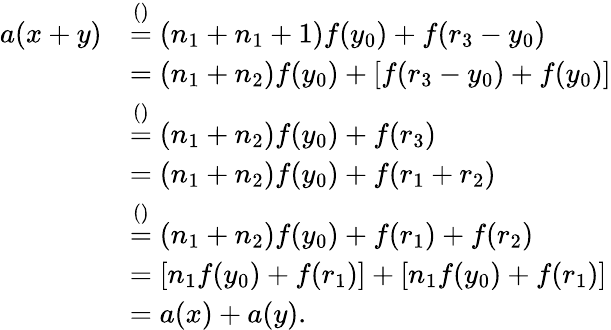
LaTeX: \begin{array}{rl}{a(x+y)}&{\stackrel{()}{=}(n_{1}+n_{1}+1)f(y_{0})+f(r_{3}-y_{0})}\\ &{=(n_{1}+n_{2})f(y_{0})+[f(r_{3}-y_{0})+f(y_{0})]}\\ &{\stackrel{()}{=}(n_{1}+n_{2})f(y_{0})+f(r_{3})}\\ &{=(n_{1}+n_{2})f(y_{0})+f(r_{1}+r_{2})}\\ &{\stackrel{()}{=}(n_{1}+n_{2})f(y_{0})+f(r_{1})+f(r_{2})}\\ &{=[n_{1}f(y_{0})+f(r_{1})]+[n_{1}f(y_{0})+f(r_{1})]}\\ &{=a(x)+a(y).}\end{array}